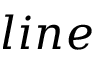
l i n e